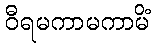
ဝီရမကာမကာမိံ